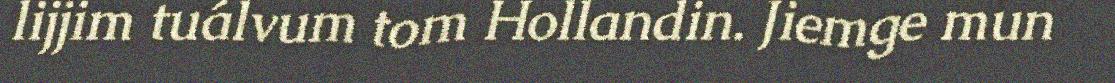
lijjim tuálvum tom Hollandin. Jiemge mun